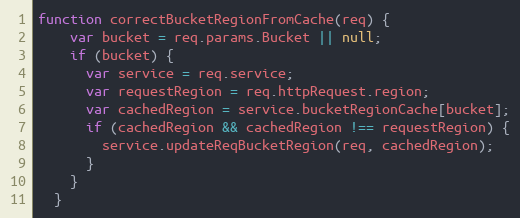
Language: JavaScript
function correctBucketRegionFromCache(req) {
    var bucket = req.params.Bucket || null;
    if (bucket) {
      var service = req.service;
      var requestRegion = req.httpRequest.region;
      var cachedRegion = service.bucketRegionCache[bucket];
      if (cachedRegion && cachedRegion !== requestRegion) {
        service.updateReqBucketRegion(req, cachedRegion);
      }
    }
  }